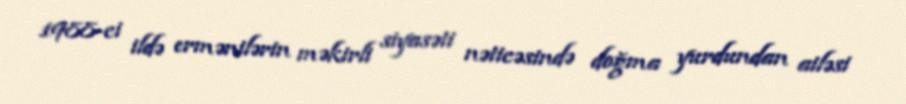
1988-ci ildə ermənilərin məkirli siyasəti nəticəsində doğma yurdundan ailəsi